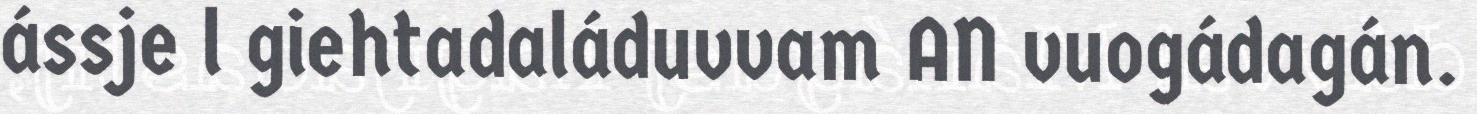
ássje l giehtadaláduvvam AN vuogádagán.